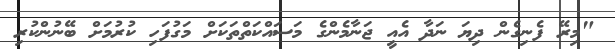
"މިރޭ ފެނިގެން ދިޔަ ނަދާ އެއީ ޖަނާމެންގެ މަސައްކަތްތަކަށް މަގުފަހި ކުރުމަށް ބޭނުންކުރި